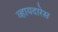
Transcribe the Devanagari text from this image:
व्हायदारेस